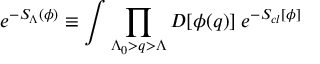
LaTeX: e ^ { - S _ { \Lambda } ( \phi ) } \equiv \int \prod _ { \Lambda _ { 0 } > q > \Lambda } { \cal D } [ \phi ( { q } ) ] \; e ^ { - S _ { c l } [ \phi ] }